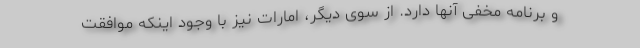
و برنامه مخفی آنها دارد. از سوی دیگر، امارات نیز با وجود اینکه موافقت